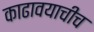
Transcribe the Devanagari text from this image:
काढावयाचीच